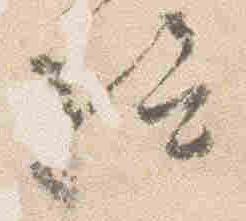
給